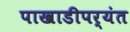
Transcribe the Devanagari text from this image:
पाखाडीपर्यंत